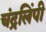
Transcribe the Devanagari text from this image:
चंद्रलिंपी